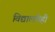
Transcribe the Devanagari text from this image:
विद्यालयेही